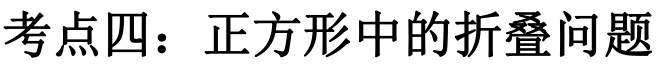
考点四：正方形中的折叠问题